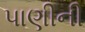
પાણીની